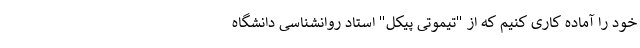
خود را آماده کاری کنیم که از "تیموتی پیکل" استاد روانشناسی دانشگاه